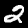
Digit: 2